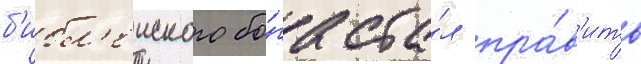
б'ибл'еиского бо́га ста́л пра́в'ить